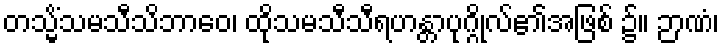
တသ္မိံသမသီသိဘာဝေ၊ ထိုသမသီသီရဟန္တာပုဂ္ဂိုလ်၏အဖြစ် ၌။ ဉာဏံ၊